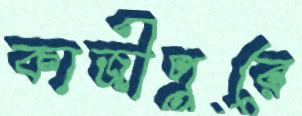
কাজীপুরে